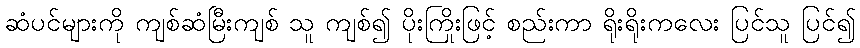
ဆံပင်များကို ကျစ်ဆံမြီးကျစ် သူ ကျစ်၍ ပိုးကြိုးဖြင့် စည်းကာ ရိုးရိုးကလေး ပြင်သူ ပြင်၍